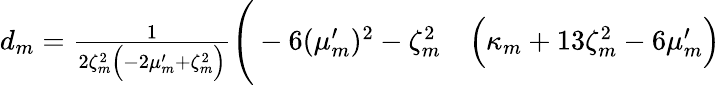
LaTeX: \begin{array}{rl}{d_{m}=\frac{1}{2\zeta_{m}^{2}\Big(-2\mu_{m}^{\prime}+\zeta_{m}^{2}\Big)}\Bigg(-6(\mu_{m}^{\prime})^{2}-\zeta_{m}^{2}}&{{}\Big(\kappa_{m}+13\zeta_{m}^{2}-6\mu_{m}^{\prime}\Big)}\end{array}